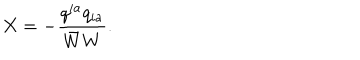
X = - \frac { q ^ { i a } q _ { i a } } { \bar { W } W } .